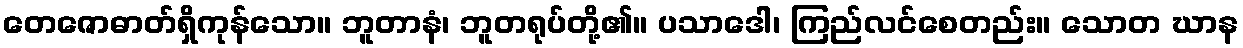
တေဇောဓာတ်ရှိကုန်သော။ ဘူတာနံ၊ ဘူတရုပ်တို့၏။ ပသာဒေါ၊ ကြည်လင်စေတည်း။ သောတ ဃာန